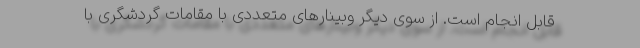
قابل انجام است. از سوی دیگر وبینارهای متعددی با مقامات گردشگری با